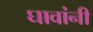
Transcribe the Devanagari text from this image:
घावांनी